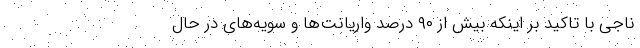
ناجی با تاکید بر اینکه بیش از ۹۰ درصد واریانت‌ها و سویه‌های در حال